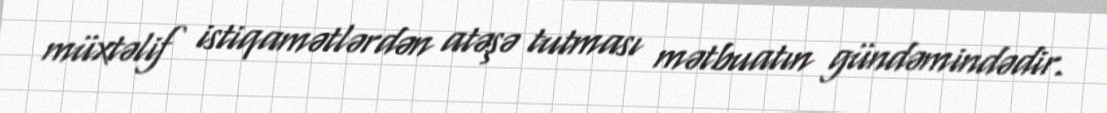
müxtəlif istiqamətlərdən atəşə tutması mətbuatın gündəmindədir.